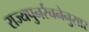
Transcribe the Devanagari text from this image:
राज्यपुनर्रचनेनुसार